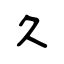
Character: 久